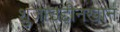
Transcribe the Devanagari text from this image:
शुजाउद्दीनखान